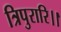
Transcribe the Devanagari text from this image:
त्रिपुरारि।।